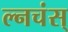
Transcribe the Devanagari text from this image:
ल्नचंस्